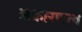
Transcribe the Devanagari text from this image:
अकारणत्व